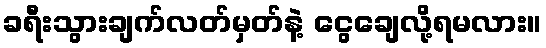
ခရီးသွားချက်လတ်မှတ်နဲ့ ငွေချေလို့ရမလား။